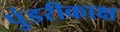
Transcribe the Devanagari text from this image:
पुंडरीकाक्ष